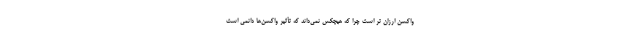
واکسن ارزان تر است چرا که هیچکس نمی‌داند که تأثیر واکسن‌ها دائمی است